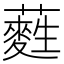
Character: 𮒩